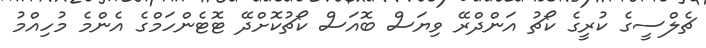
ޗެލްސީގެ ކުރީގެ ކޯޗު އަންދްރޭ ވިޔަސް ބޮއަސް ކޯޗުކޮށްދޭ ޓޮޓެންހަމްގެ އެންމެ މުހިއްމު